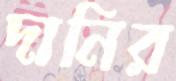
দানির